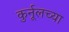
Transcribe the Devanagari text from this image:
कुर्नूलच्या